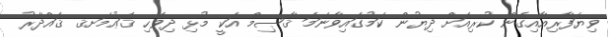
ވިޔަފާރިއާއިގެން ކުރިއަށް ދިޔުން ކަމުގައިވާނަމަ ޤާޞިމް އަކީ މުޅި ދިވެހި ޤަޢުމަށޤ ޤައްދާރު